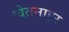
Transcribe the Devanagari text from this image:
चेतनाहर